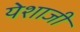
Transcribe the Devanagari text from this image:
येशाजी